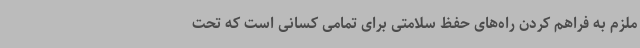
ملزم به فراهم کردن راه‌های حفظ سلامتی برای تمامی کسانی است که تحت